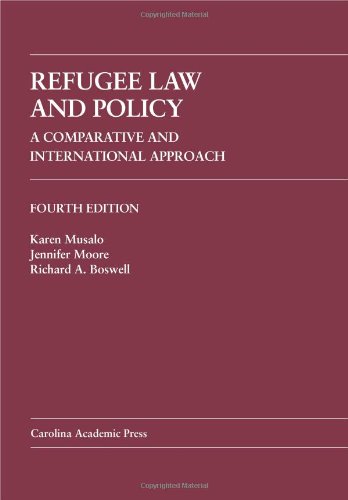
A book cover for Refugee Law and Policy: A Comparative and International Approach (Law Casebook); Karen Musalo; Law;